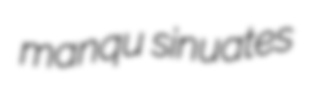
manqu sinuates